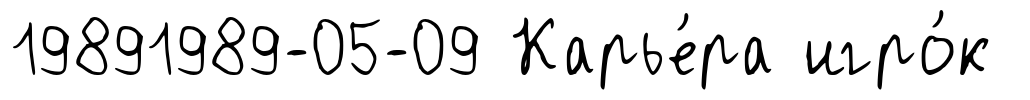
19891989-05-09 Карье́ра игро́к